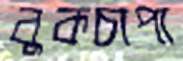
বুকচাপা